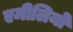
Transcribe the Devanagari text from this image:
एमीलियो